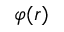
\varphi ( r )